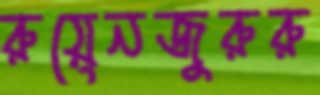
রুয়েনজুরুরু